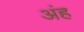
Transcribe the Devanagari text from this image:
अंह